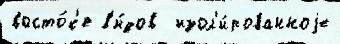
восто́к'е в'и́дов  изол'и́рованноjе